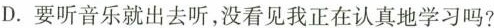
D.要听音乐就出去听，没看见我正在认真地学习吗?